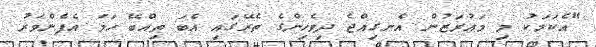
"އެކަމަކު މި މައުރަޒުން އެނގިއްޖެ ދިވެހިންގެ ތެރޭގައި އެބަ ތިއްބޭ ހަމަ އެފެންވަރު